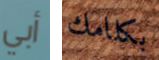
أبي بكلامك